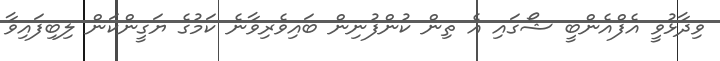
ވިދާޅުވީ އެފްއެންބީ ޝޯގައި އެ ތިން ކުންފުނިން ބައިވެރިވާނެ ކަމުގެ ޔަގީންކަން ލިބިފައިވާ